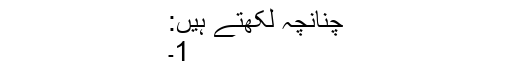
چنانچہ لکھتے ہیں:
1۔